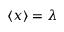
\langle x \rangle = \lambda